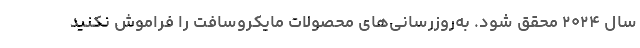
سال ۲۰۲۴ محقق شود. به‌روزرسانی‌های محصولات مایکروسافت را فراموش نکنید